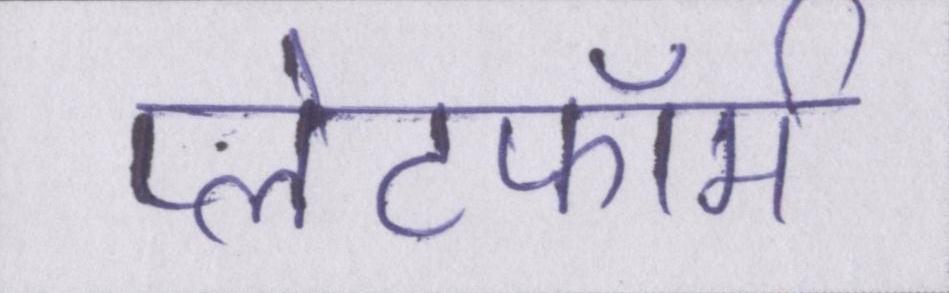
प्लेटफॉर्म